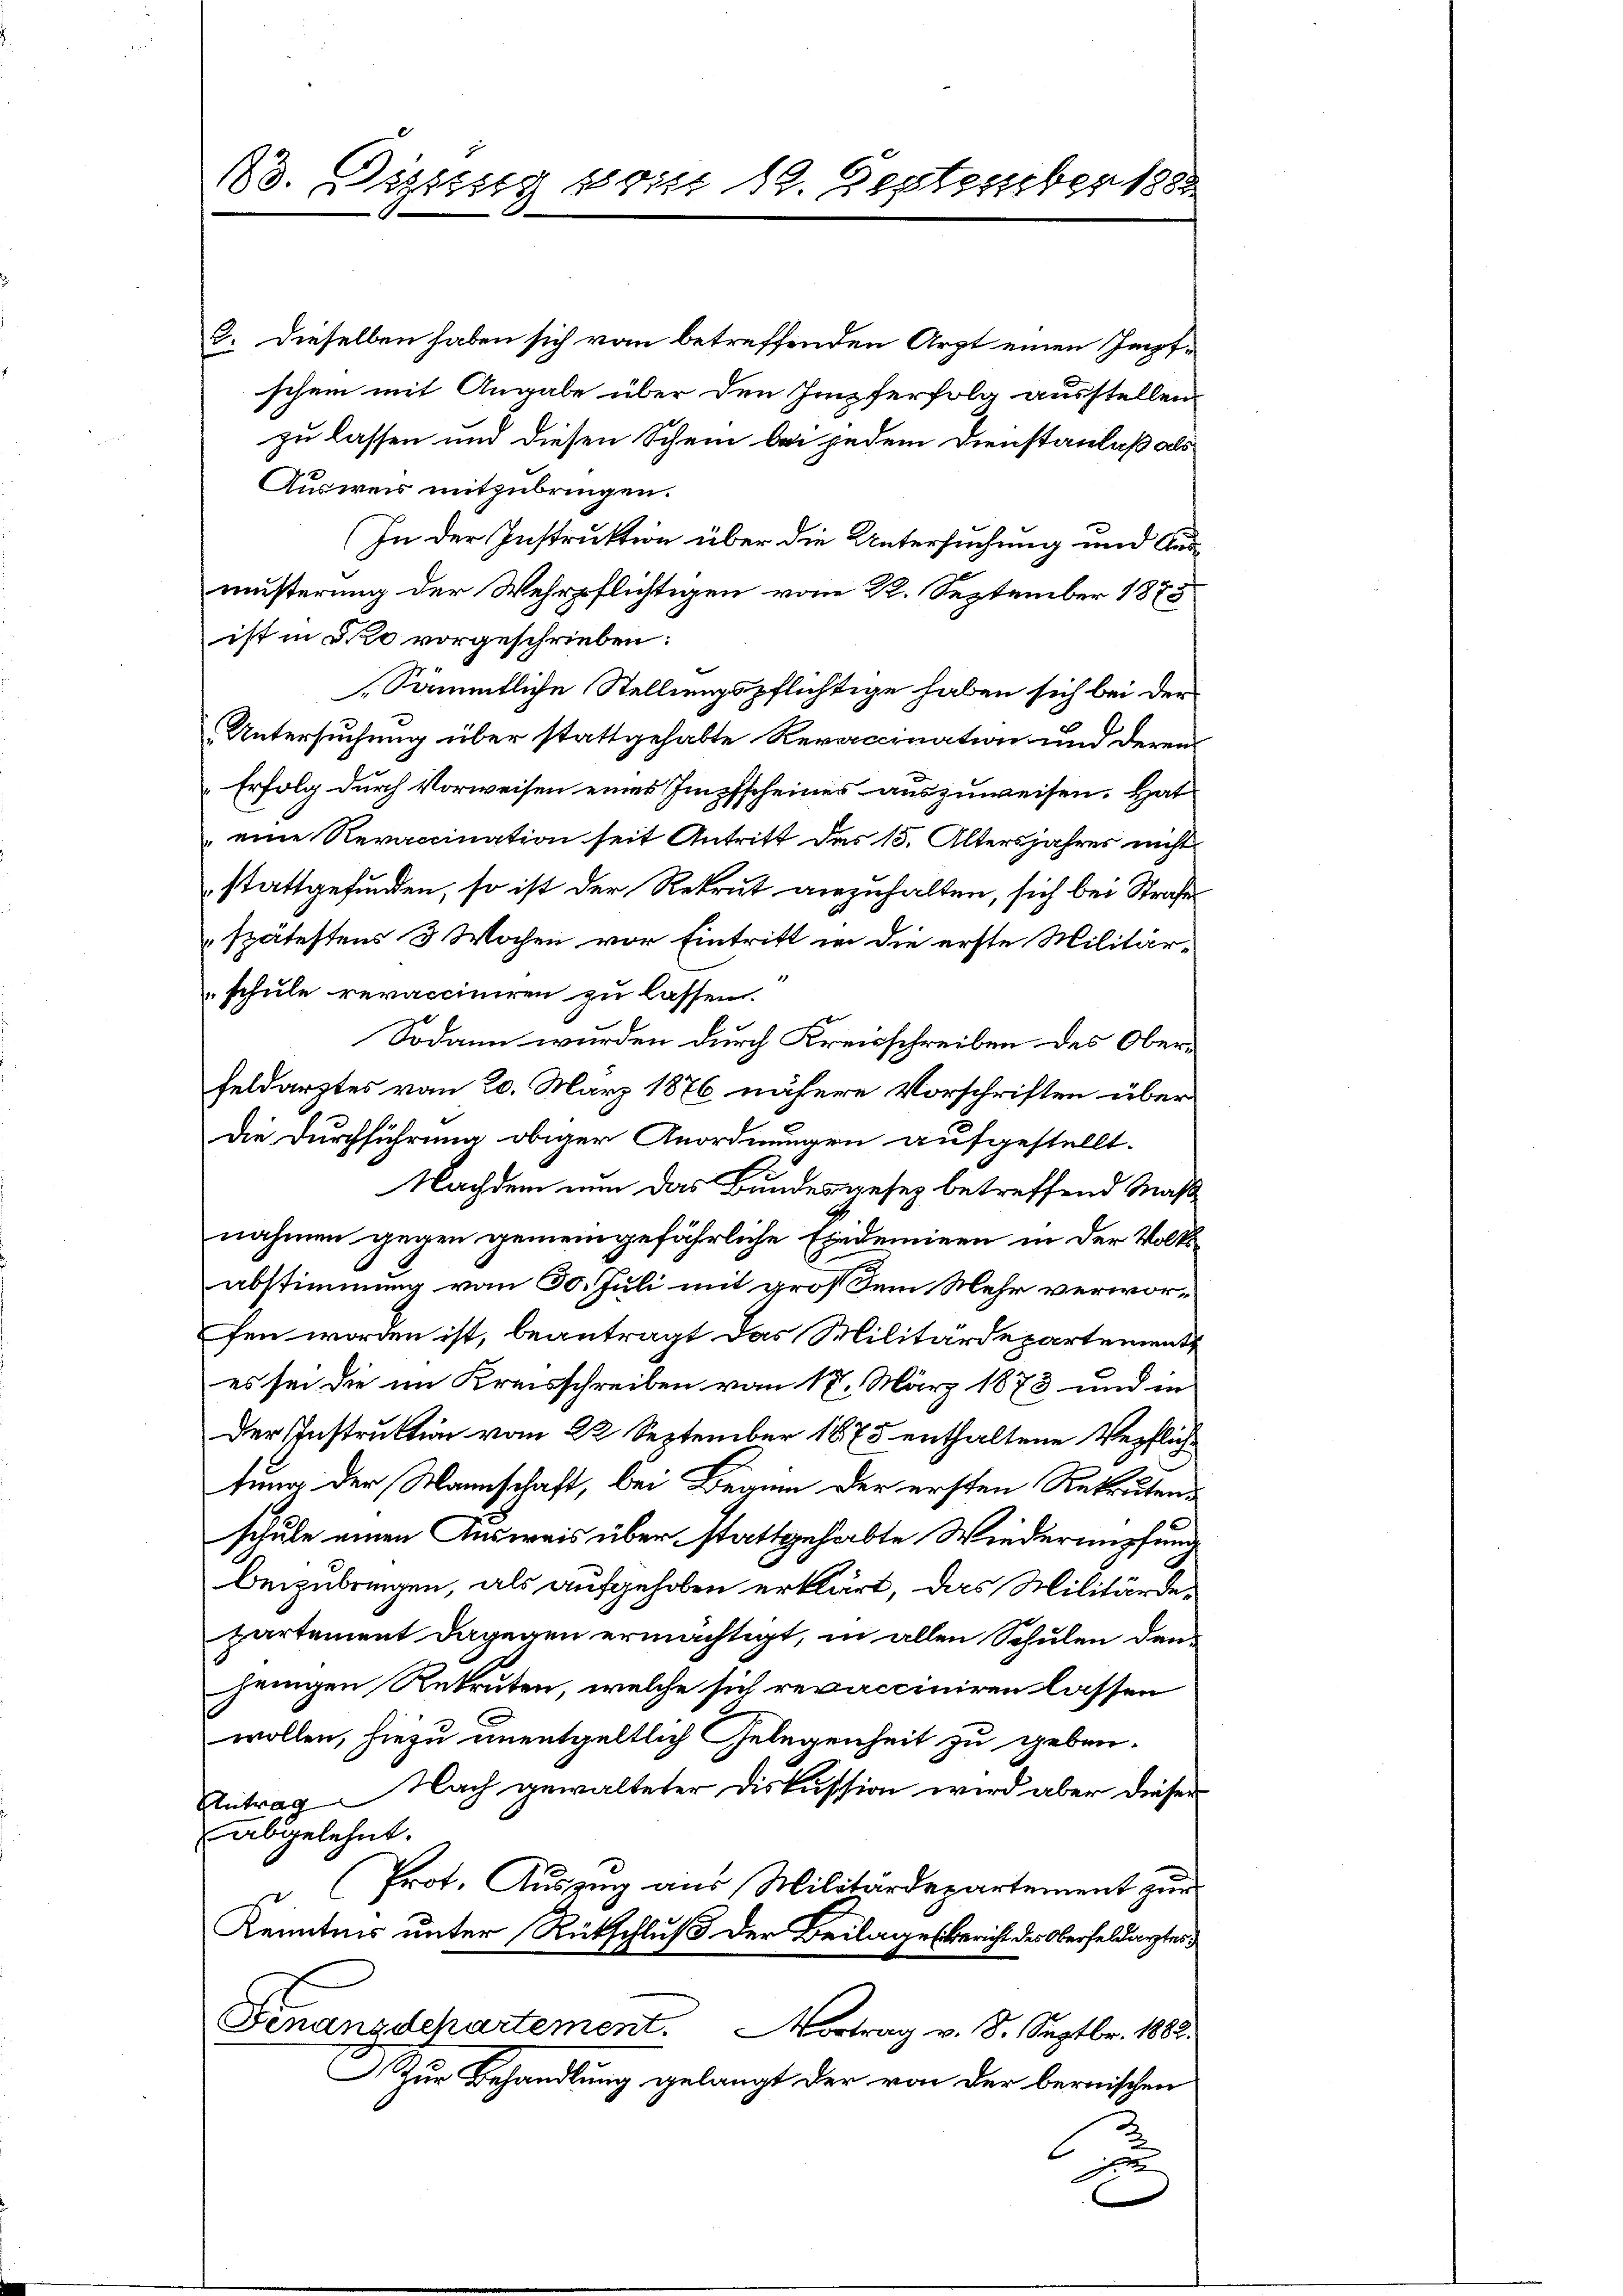
13. Dissung so ist 19. September 1882

3. Dieselben haben sich vom betreffenden Arzt einen Impfschein mit Angabe über den Impferfolg ausstellen
zu lassen und diesen Schein bei jedem Dienstanlaß als
Ausweis mitzubringen.
(In der Instruktion über die Untersuchung und Ausmusterung der Wehrpflichtigen vom 22. September 1875
ist in die vorgeschrieben:
Sämmtliche Stellungspflichtige haben sich bei den
Untersuchung über stattgehabte Revaccination und deren
Erfolg durch Vorweisen eines Impfscheines auszuweisen. Hat
 eine Revaccination seit Antritt des 15. Altersjahres nicht
stattgefunden, so ist der Rekrut anzuhalten, sich bei Straßespätestens 3 Wochen vor Eintritt in die erste Militärschule revacciniren zu lassen.
Sodann wurden durch Kreisschreiben des Oberfeldarztes vom 20. März 1876 nähere Vorschriften über
Die Durchführung obiger Anordnungen aufgestellt.
Nachdem nun das Bundesgesez betreffend Maßnahmen gegen gemeingefährliche Eindeminen in der Volksabstimmung vom 30. Juli mit großem Mehr verworfen worden ist, beantragt das Militärdepartement
es sei die im Kreisschreiben vom 17. März 1873 und in
Der Instruktion vom 22. September 1875 enthaltene Verfliche
tung der Mannschaft, bei Beginn der ersten Rekrutenschule einen Ausweis über stattgehabte Wiederumpfund
beizubringen, als aufgehoben erklärt, das Militärdepartement dagegen ermächtigt, in allen Schulen den
jenigen Rekruten, welche sich revacciniren lassen
wollen, hiezu unentgeltlich Gelegenheit zu geben.
Antrag. Nach gewalteter Diskussion wird aber dieser
abgelehnt.
Prot. Auszug aus Militärdepartement zur
Kenntnis unter Rückschluß der Beilages Bericht des Oberfeldarztes
Finangschartement. Vortrag v. 8. Septbr. 1882.
Zur Behandlung gelangt der von der bernischen
l
xx